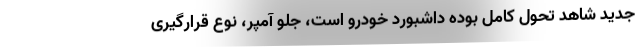
جدید شاهد تحول کامل بوده داشبورد خودرو است، جلو آمپر، نوع قرارگیری